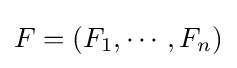
F=(F_{1},\cdots ,F_{n})